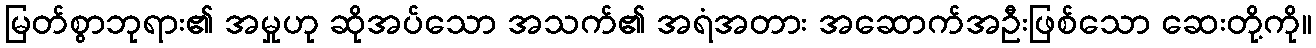
မြတ်စွာဘုရား၏ အမှုဟု ဆိုအပ်သော အသက်၏ အရံအတား အဆောက်အဦးဖြစ်သော ဆေးတို့ကို။